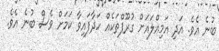
ބުނެ އެވެ. އަދި އަމިއްލައަށް ގުރޫޕްތަކެއް ހަދާފައިވާ ކަމަށް ވެސް ބުނެ އެވެ.